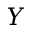
Y